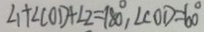
\angle 1 + \angle C D D + \angle 2 = 1 8 0 ^ { \circ } , \angle C O D = 6 0 ^ { \circ }